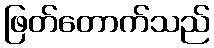
ဖြတ်တောက်သည်